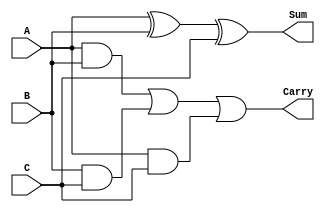
module FullAdder (
    input wire A,
    input wire B,
    input wire C,
    output wire Sum,
    output wire Carry
);
    assign Sum = A ^ B ^ C; // Sum output
    assign Carry = (A & B) | (B & C) | (A & C); // Carry output
endmodule